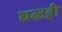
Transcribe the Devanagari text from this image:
घळही